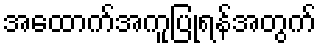
အထောက်အကူပြုရန်အတွက်